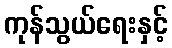
ကုန်သွယ်ရေးနှင့်